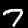
Label: 7